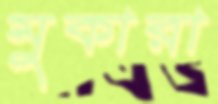
মুকারা